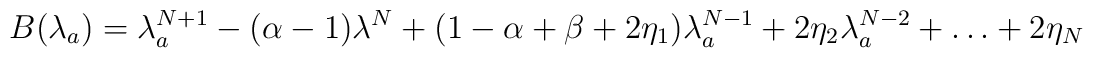
B(\lambda_a)=\lambda_a^{N+1}-(\alpha-1)\lambda^N+(1-\alpha+\beta+2\eta_1)\lambda_a^{N-1}+2\eta_2\lambda_a^{N-2}+\dots+2\eta_N